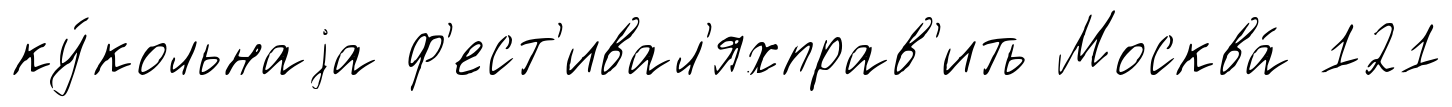
ку́кольнаjа ф'ест'ивал'яхправ'ить Москва́ 121